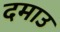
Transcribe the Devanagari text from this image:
दमाउ